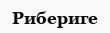
Рибериге